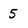
Character: 5